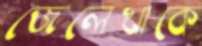
জেলেখাকে